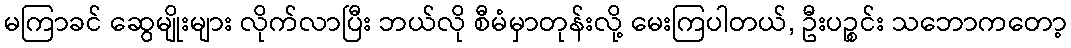
မကြာခင် ဆွေမျိုးများ လိုက်လာပြီး ဘယ်လို စီမံမှာတုန်းလို့ မေးကြပါတယ်, ဦးပဉ္စင်း သဘောကတော့